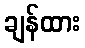
ချန်ထား